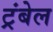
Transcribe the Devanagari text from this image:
ट्रंबेल